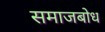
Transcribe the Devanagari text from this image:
समाजबोध